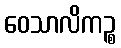
ဝေသာလိကဉ္စ